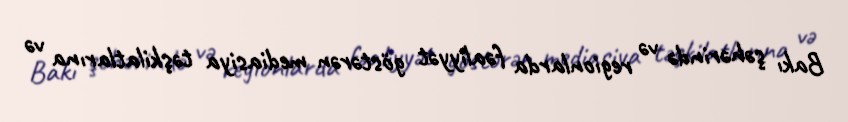
Bakı şəhərində və regionlarda fəaliyyət göstərən mediasiya təşkilatlarına və